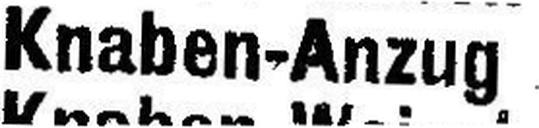
Knaben-Anzug